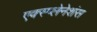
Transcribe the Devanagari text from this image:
एक्स्प्लेनेशंस